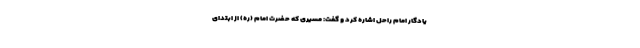
یادگار امام راحل اشاره کرد و گفت: مسیری که حضرت امام (ره) از ابتدای